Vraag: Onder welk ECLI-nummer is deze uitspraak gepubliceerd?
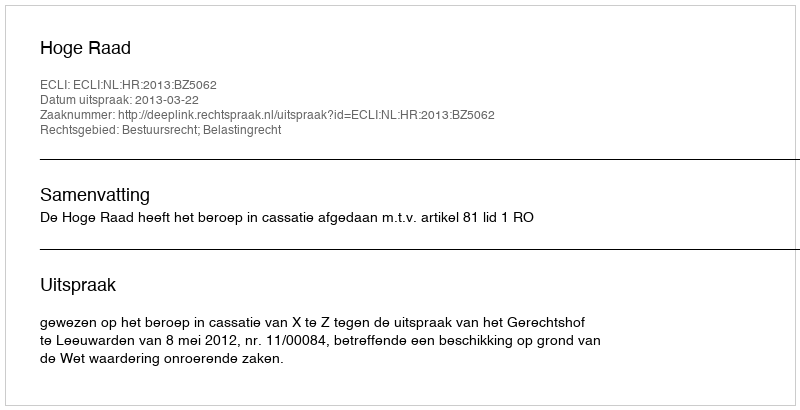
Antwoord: ECLI:NL:HR:2013:BZ5062